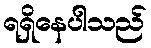
ရရှိနေပါသည်